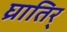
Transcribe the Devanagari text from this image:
घ्रातिर्